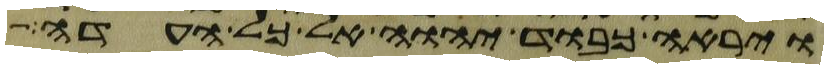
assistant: וירא כבוד יהוה אל כל העדה